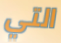
التي